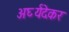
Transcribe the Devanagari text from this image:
अर्घ्यदेकर